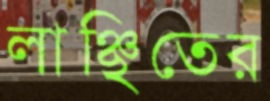
লাঞ্ছিতের